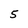
Character: 5